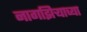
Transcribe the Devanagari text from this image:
नागझिऱ्याच्या